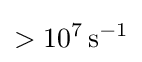
>10^{7}\,{\text{s}}^{-1}